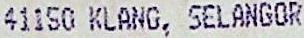
41150 KLANG, SELANGOR